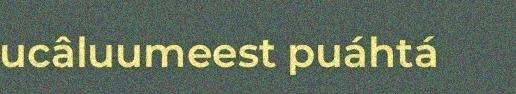
ucâluumeest puáhtá